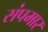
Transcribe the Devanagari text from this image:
संपमार